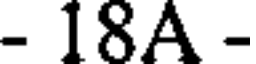
- 18A -